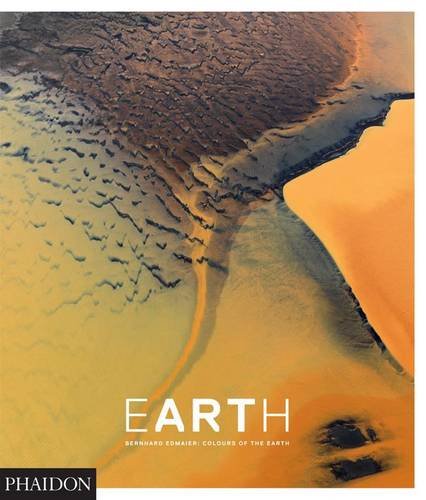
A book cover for EarthArt: Colours of the Earth; Arts & Photography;